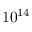
1 0 ^ { 1 4 }